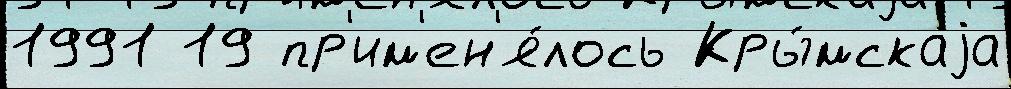
1991 19 пр'им'ен'я́лось Кры́мскаjа